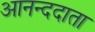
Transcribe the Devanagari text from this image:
आनन्ददाता